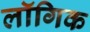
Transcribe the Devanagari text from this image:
लॉगिक